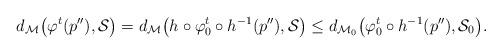
LaTeX: \begin{align*}d_{\mathcal{M}}\big(\varphi^{t}(p''),\mathcal{S}\big)=d_{\mathcal{M}}\big(h\circ\varphi_{0}^{t}\circ h^{-1}(p''),\mathcal{S}\big)\leq d_{\mathcal{M}_{0}}\big(\varphi_{0}^{t}\circ h^{-1}(p''),\mathcal{S}_{0}\big).\end{align*}